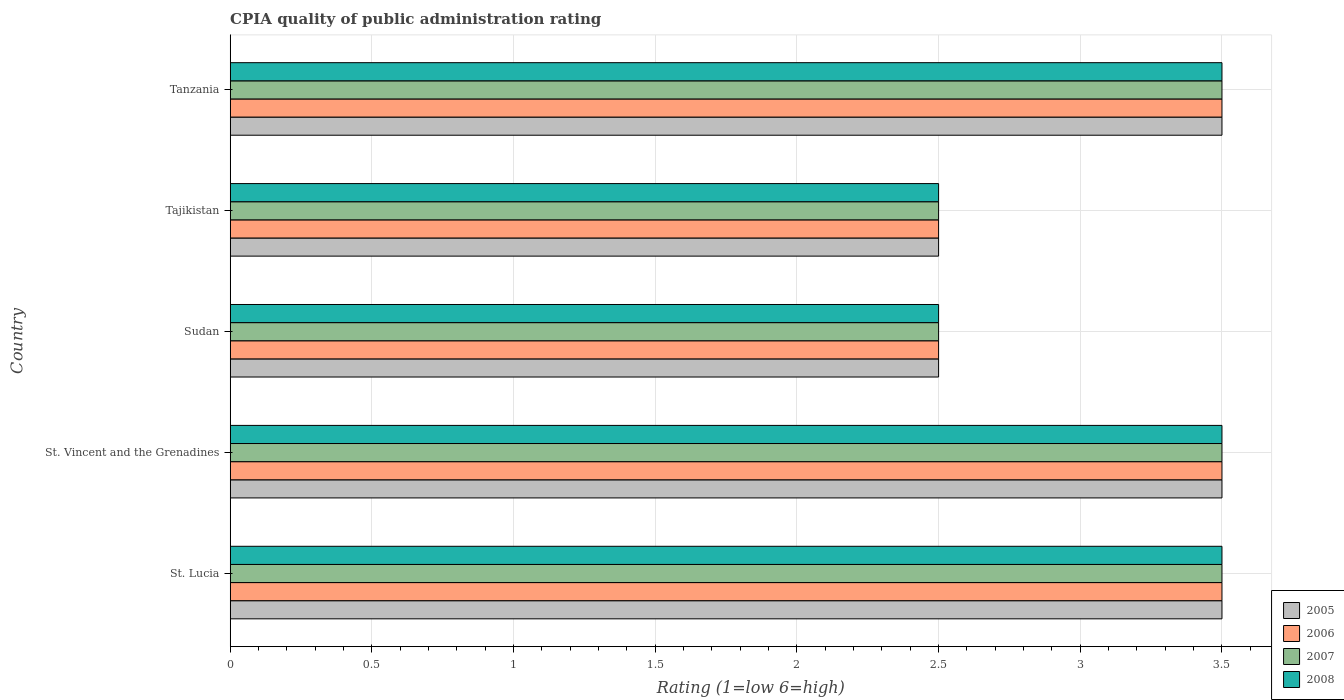
| Country | 2005 | 2006 | 2007 | 2008 |
 | --- | --- | --- | --- | --- |
 | St. Lucia | 3.5 | 3.5 | 3.5 | 3.5 |
 | St. Vincent and the Grenadines | 3.5 | 3.5 | 3.5 | 3.5 |
 | Sudan | 2.5 | 2.5 | 2.5 | 2.5 |
 | Tajikistan | 2.5 | 2.5 | 2.5 | 2.5 |
 | Tanzania | 3.5 | 3.5 | 3.5 | 3.5 |